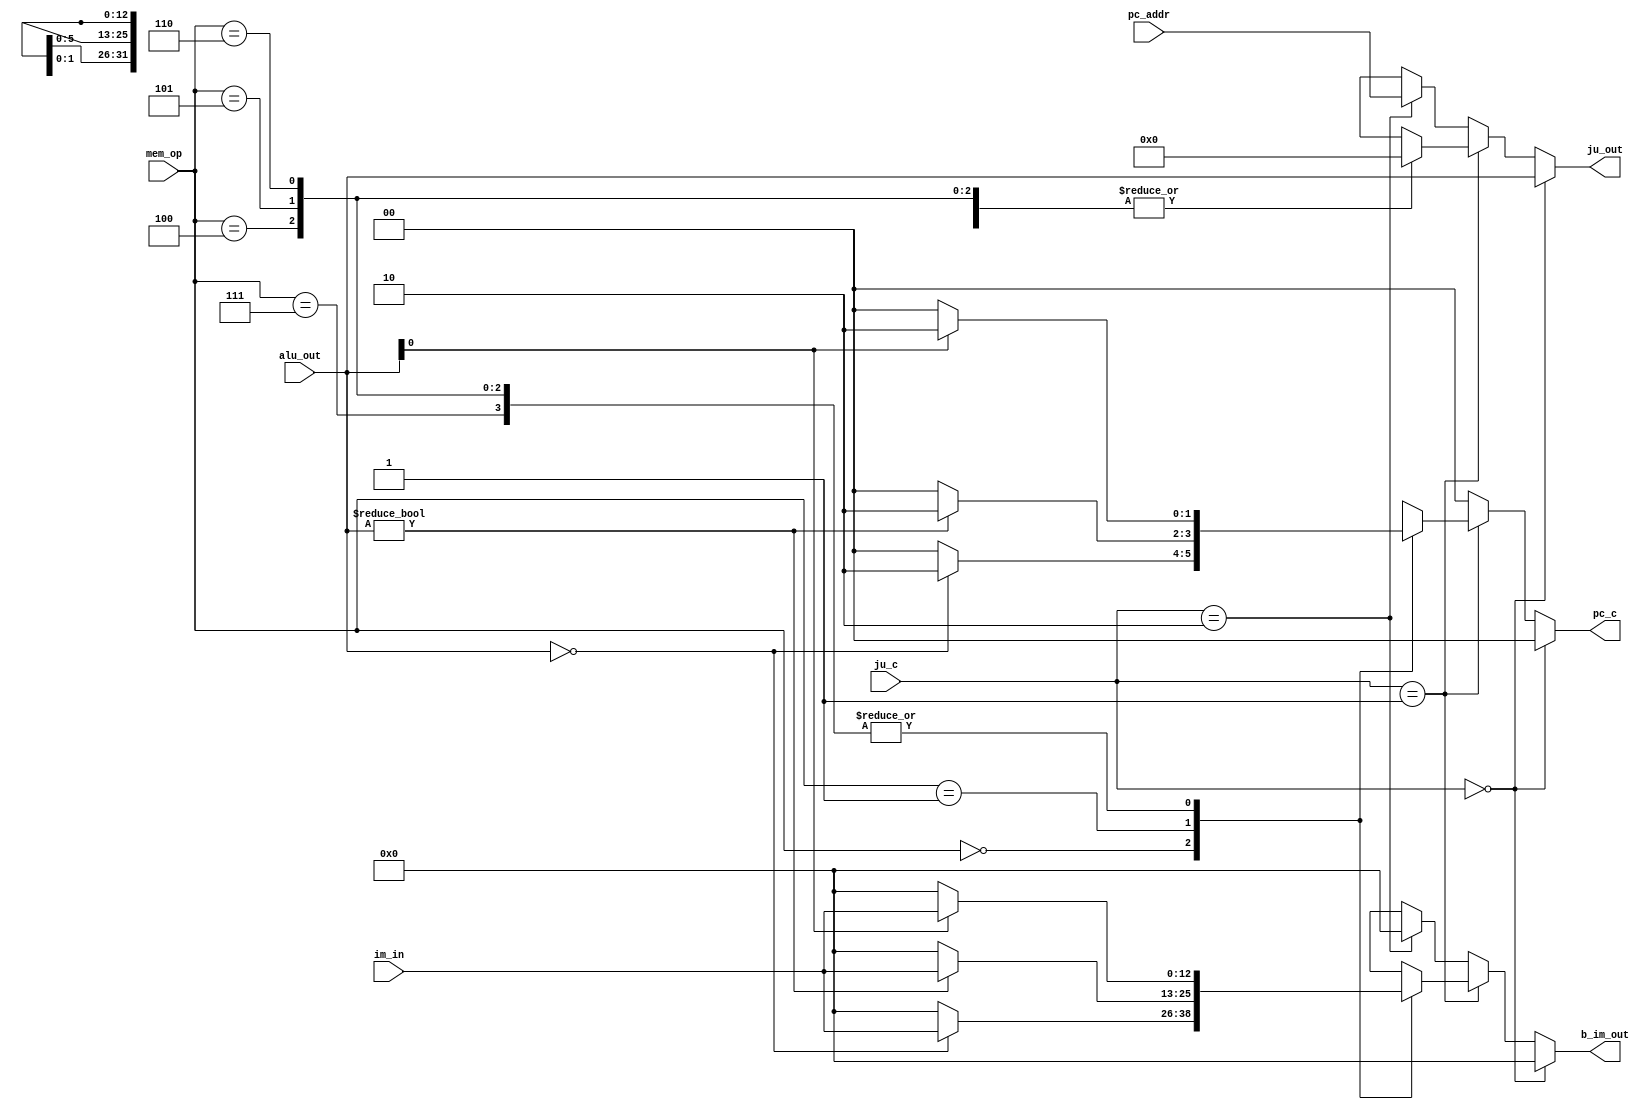
module ju ( 
output reg [31:0] ju_out,
output reg [1:0] pc_c=0,
output reg [12:0] b_im_out,
input [1:0]ju_c,
input [12:0] im_in,
input [31:0] pc_addr,
input [31:0] alu_out,
input [2:0]  mem_op
);

always@(*)
begin
	if(ju_c==0)
		begin
		ju_out=alu_out;
		pc_c=0;
		b_im_out=0;
		end
	else if(ju_c==1)     //b
		begin
			case(mem_op)
			0:	
			begin
			if(alu_out==0)
				begin
				ju_out=0;
				pc_c=2;
				b_im_out=im_in;
				end
			else
				begin
				ju_out=0;				
				pc_c=0;
				b_im_out=0;
				end
			end
			1:
			begin
			if(alu_out!=0)
				begin
				ju_out=0;
				pc_c=2;
				b_im_out=im_in;
				end
			else
				begin
				ju_out=0;				
				pc_c=0;
				b_im_out=0;
				end
			end
			4:
			begin
			if(alu_out[0]==1)
				begin
				ju_out=0;
				pc_c=2;
				b_im_out=im_in;
				end
			else
				begin
				ju_out=0;				
				pc_c=0;
				b_im_out=0;
				end
			end
			5:
			begin
			if(alu_out[0]==1)
				begin
				ju_out=0;
				pc_c=2;
				b_im_out=im_in;
				end
			else
				begin
				ju_out=0;				
				pc_c=0;
				b_im_out=0;
				end
			end
			6:
			begin
			if(alu_out[0]==1)
				begin
				ju_out=0;
				pc_c=2;
				b_im_out=im_in;
				end
			else
				begin
				ju_out=0;				
				pc_c=0;
				b_im_out=0;
				end
			end
			7:
			begin
			if(alu_out[0]==1)
				begin
				ju_out=0;
				pc_c=2;
				b_im_out=im_in;
				end
			else
				begin
				ju_out=0;				
				pc_c=0;
				b_im_out=0;
				end
			end
			default:		
			begin
			ju_out={{32{1'bx}}};
			pc_c={1'bx,1'bx};
			b_im_out={{13{1'bx}}};
			end
			endcase
		end
	else if(ju_c==2)   //jal
		begin
			ju_out=pc_addr;
			pc_c=0;
			b_im_out=0;
		end
	else
		begin
			ju_out={{32{1'bx}}};
			pc_c={1'b0,1'b0};
			b_im_out={{13{1'bx}}};
		end
end	

endmodule